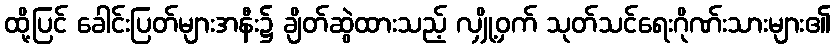
ထို့ပြင် ခေါင်းပြတ်များအနီး၌ ချိတ်ဆွဲထားသည့် လျှို့ဝှက် သုတ်သင်ရေးဂိုဏ်းသားများ၏